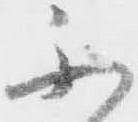
不